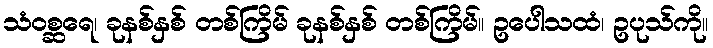
သံဝစ္ဆရေ၊ ခုနစ်နှစ် တစ်ကြိမ် ခုနစ်နှစ် တစ်ကြိမ်။ ဥပေါသထံ၊ ဥပုသ်ကို။